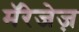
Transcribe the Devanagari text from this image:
मॅरेजेज़